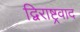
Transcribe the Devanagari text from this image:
द्विराष्ट्रवाद